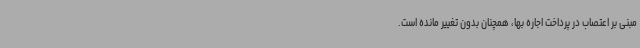
مبنی بر اعتصاب در پرداخت اجاره بها، همچنان بدون تغییر مانده است.